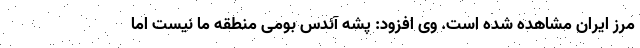
مرز ایران مشاهده شده است. وی افزود: پشه آئدس بومی منطقه ما نیست اما